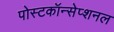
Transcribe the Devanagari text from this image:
पोस्टकॉन्सेप्शनल